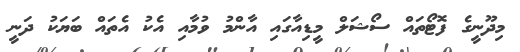
މިދޫނީގެ ފޮޓޯތައް ސޯޝަލް މީޑިއާގައި އާންމު ވުމާއި އެކު އެތައް ބަޔަކު ދަނީ